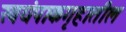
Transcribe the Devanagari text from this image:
स्वयंपाकगृहातील